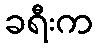
ခရီးက